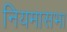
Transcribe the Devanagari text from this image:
नियमासभा